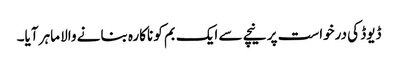
ڈیوڈ کی درخواست پر نیچے سے ایک بم کو ناکارہ بنانے والا ماہر آیا۔